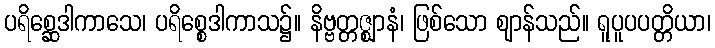
ပရိစ္ဆေဒါကာသေ၊ ပရိစ္စေဒါကာသ၌။ နိဗ္ဗတ္တဇ္ဈာနံ၊ ဖြစ်သော ဈာန်သည်။ ရူပူပပတ္တိယာ၊